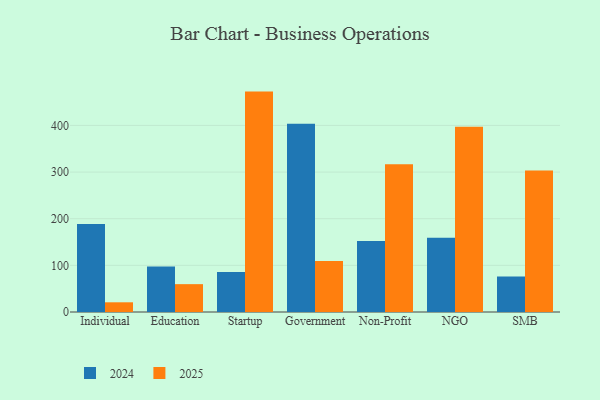
{"axis": {"x": "Segment", "y": "LTV (USD)"}, "legend": ["2024", "2025"], "data": [{"x": "Individual", "y": 188.8, "type": "2024"}, {"x": "Individual", "y": 20.8, "type": "2025"}, {"x": "Education", "y": 97.6, "type": "2024"}, {"x": "Education", "y": 59.7, "type": "2025"}, {"x": "Startup", "y": 86.0, "type": "2024"}, {"x": "Startup", "y": 472.5, "type": "2025"}, {"x": "Government", "y": 403.4, "type": "2024"}, {"x": "Government", "y": 109.2, "type": "2025"}, {"x": "Non-Profit", "y": 152.4, "type": "2024"}, {"x": "Non-Profit", "y": 317.0, "type": "2025"}, {"x": "NGO", "y": 159.4, "type": "2024"}, {"x": "NGO", "y": 396.9, "type": "2025"}, {"x": "SMB", "y": 76.1, "type": "2024"}, {"x": "SMB", "y": 303.1, "type": "2025"}]}